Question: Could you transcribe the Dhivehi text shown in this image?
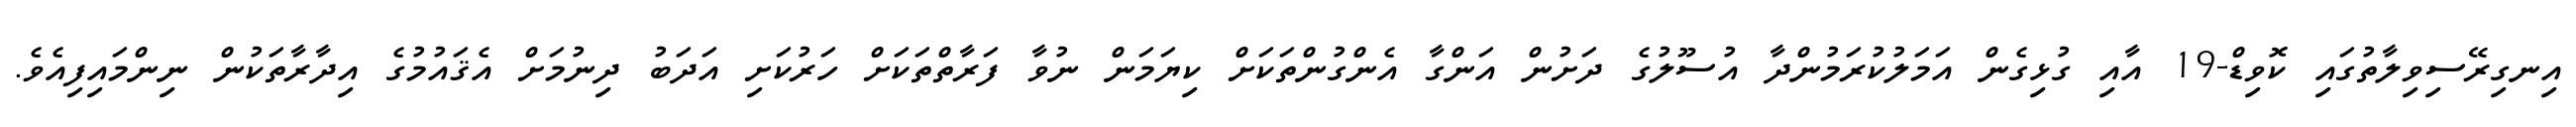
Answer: އިނގިރޭސިވިލާތުގައި ކޮވިޑް-19 އާއި ގުޅިގެން އަމަލުކުރަމުންދާ އުސޫލުގެ ދަށުން އަންގާ އެންގުންތަކަށް ކިޔަމަން ނުވާ ފަރާތްތަކަށް ހަރުކަށި އަދަބު ދިނުމަށް އެޤައުމުގެ އިދާރާތަކުން ނިންމައިފިއެވެ.